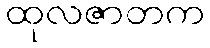
ထုလဇာတက